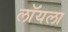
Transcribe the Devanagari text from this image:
लॉयला